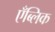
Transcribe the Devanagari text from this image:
एँब्लिक